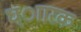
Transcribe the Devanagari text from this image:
ध्ाारक